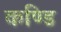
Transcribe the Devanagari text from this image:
कण्डि